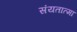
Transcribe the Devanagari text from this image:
संयतात्मा